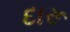
દારૂ